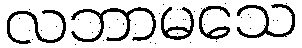
လဘာမသေ